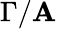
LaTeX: \Gamma/\mathbf{A}